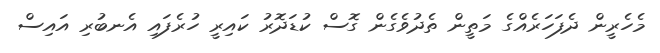
މެހެރީން ދެފަހަރެއްގެ މަތީން ތެދުވެގެން ގޮސް ކުޑަދޮރު ކައިރީ ހުރެފައި އެނބުރި އައިސް